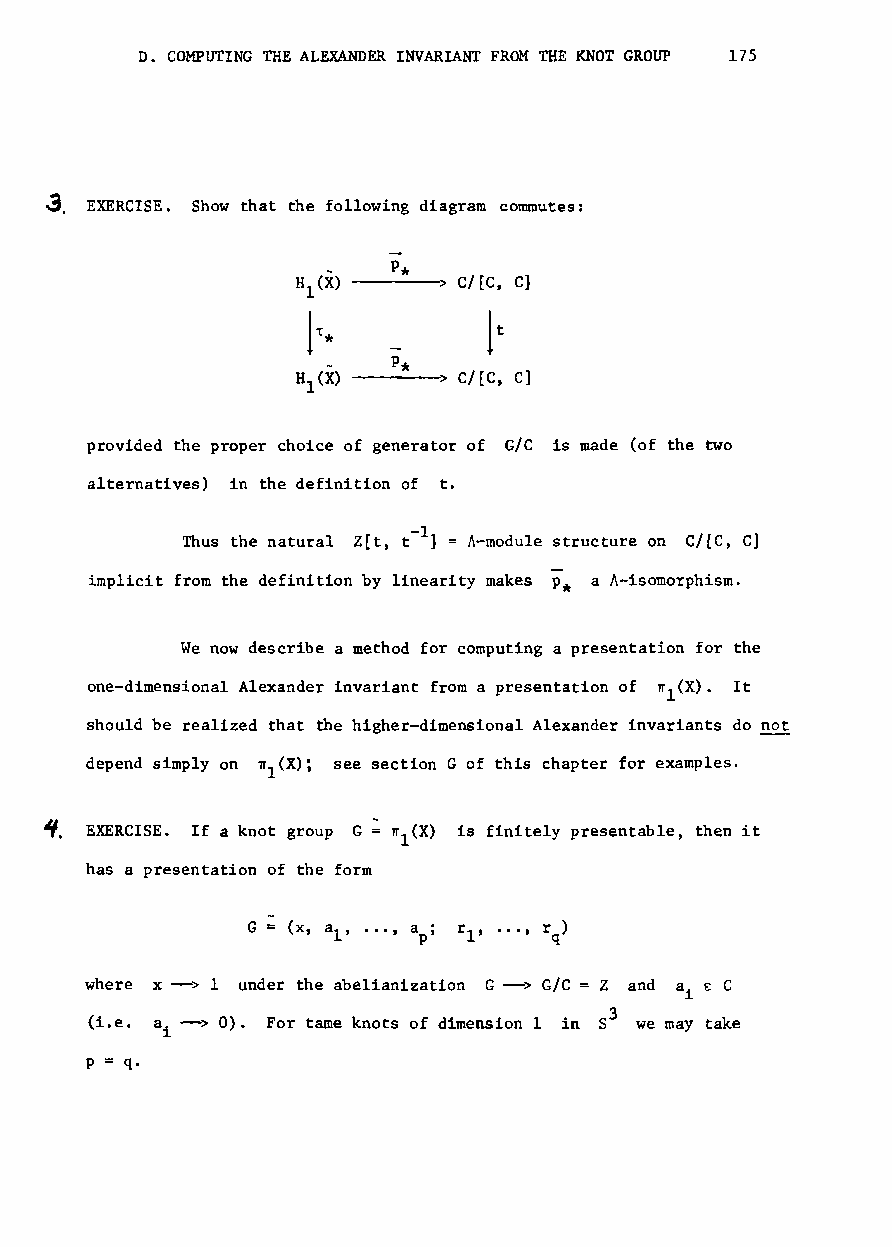
D. COMPUTING THE ALEXANDER INVARIANT FROM THE KNOT GROUP 175
 3. EXERCISE. Show that the following diagram commutes:
 p*
 H (X)    > c/[C, C]
 l
 It
 1,*
 p*
 HI(X)    > c/[C, C]
 provided the proper choice of generator of G/C is made (of the two
 alternatives) in the definition of t.
 -1
 Thus the natural Z[t, t ] = A-module structure on C/[e, C]
 implicit from the definition by linearity makes p* a A-isomorphism.
 We now describe a method for computing a presentation for the
 one-dimensional Alexander invariant from a presentation of TI1(X). It
 should be realized that the higher-dimensional Alexander invariants do not
 depend simply on nl(X); see section G of this chapter for examples.
 ~. EXERCISE. If a knot group G TI1(X) is finitely presentable, th~n it
 has a presentation of the form
 G
 where x --> 1 under the abelianization G--> G/C = Z and a 1 £ C
 (i.e. a --> 0). For tame knots of dimension 1 in 53 we may take
 i
 p =q.